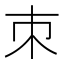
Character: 朿